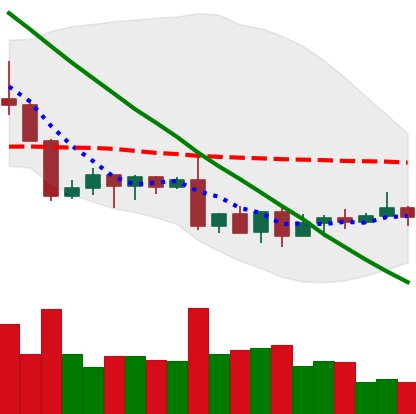
Ticker: XLM-USD
Chart end date: 2022-09-05
Forward return: 9.43%
Label: up_7plus